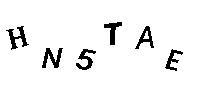
HN5TAE